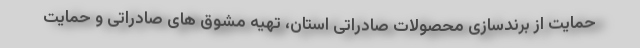
حمایت از برندسازی محصولات صادراتی استان، تهیه مشوق های صادراتی و حمایت